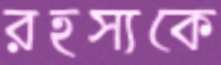
রহস্যকে